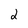
Character: 2